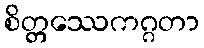
စိတ္တဿေကဂ္ဂတာ